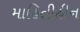
માહિતીહીન